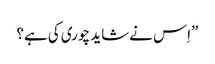
”اِس نے شاید چوری کی ہے؟